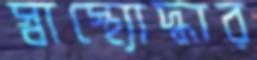
স্বাস্থ্যোদ্ধার